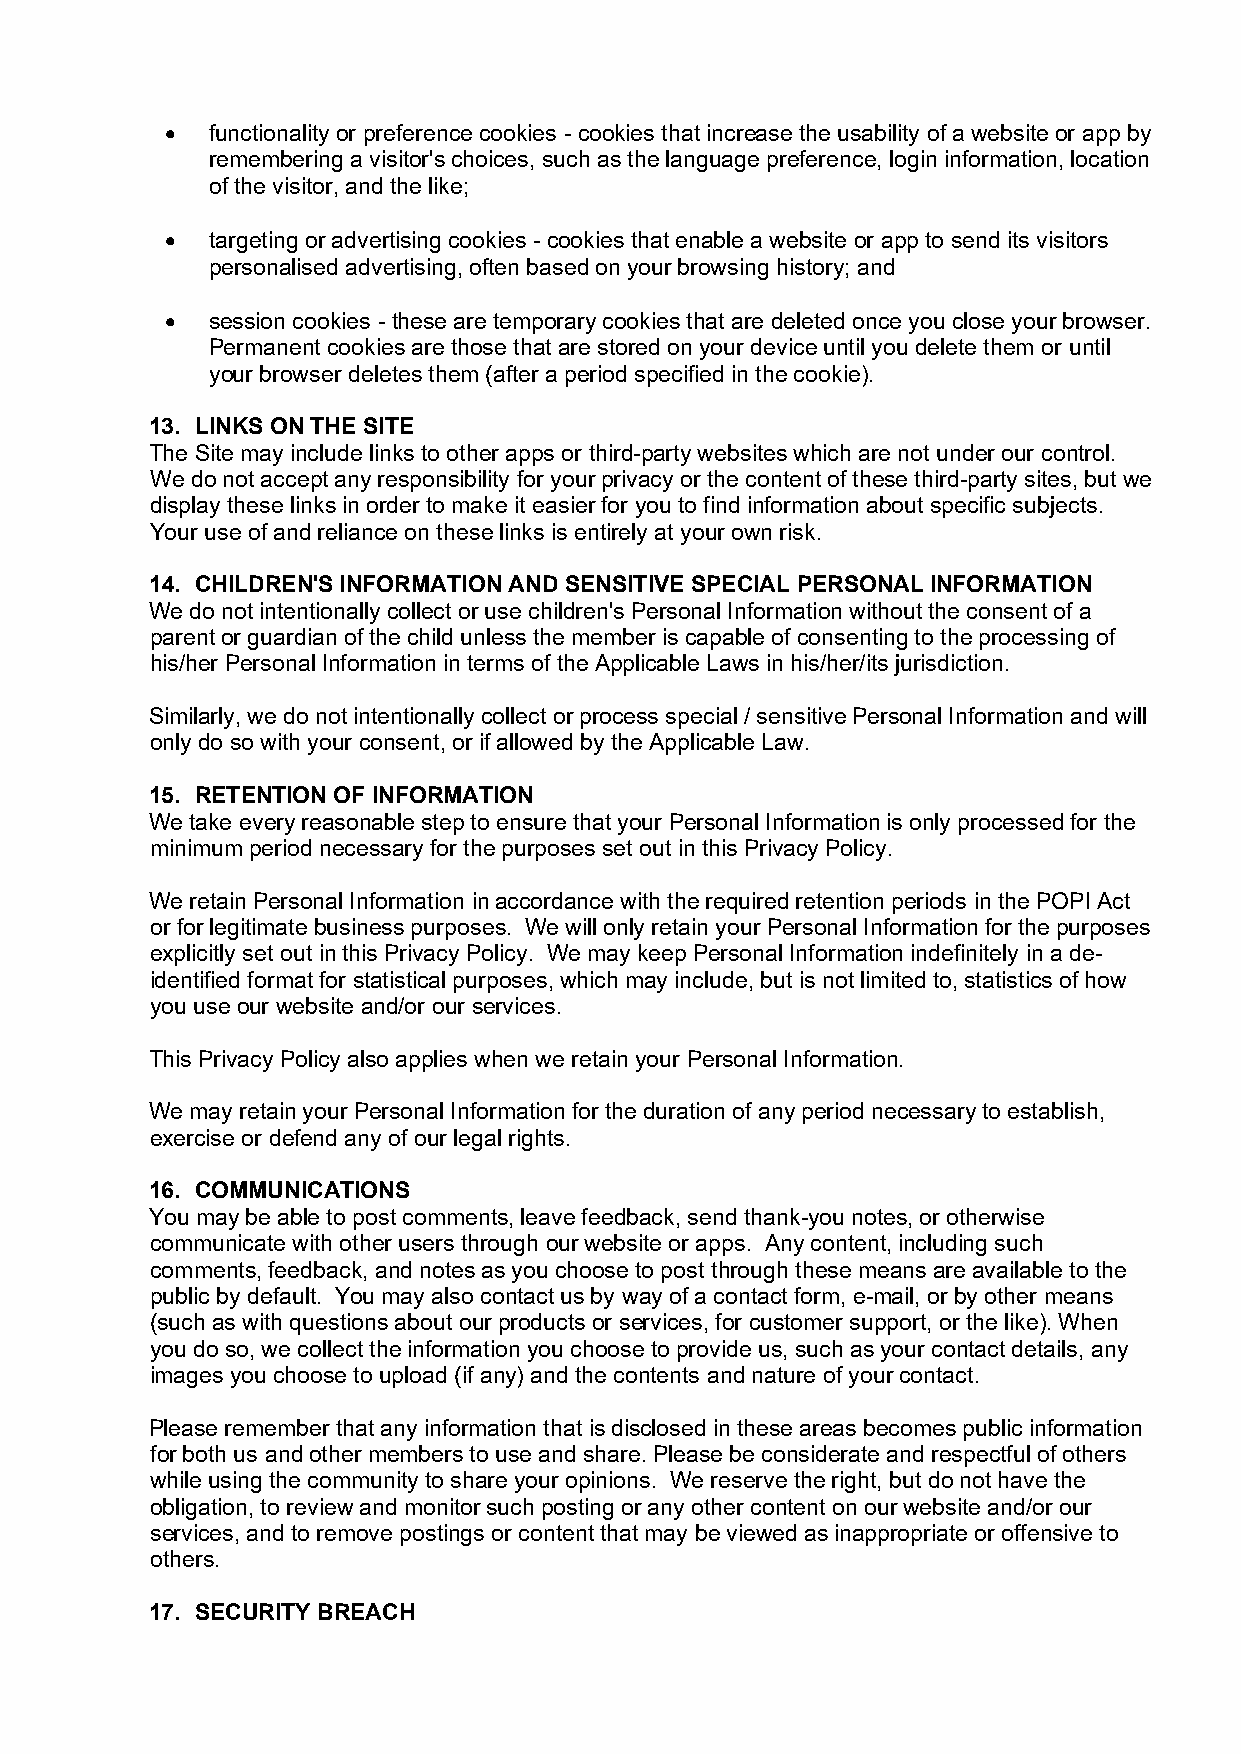
  functionality or preference cookies - cookies that increase the usability of a website or app by
 remembering a visitor's choices, such as the language preference, login information, location
 of the visitor, and the like;
   targeting or advertising cookies - cookies that enable a website or app to send its visitors
 personalised advertising, often based on your browsing history; and
   session cookies - these are temporary cookies that are deleted once you close your browser.
 Permanent cookies are those that are stored on your device until you delete them or until
 your browser deletes them (after a period specified in the cookie).
 13. LINKS ON THE SITE
 The Site may include links to other apps or third-party websites which are not under our control.
 We do not accept any responsibility for your privacy or the content of these third-party sites, but we
 display these links in order to make it easier for you to find information about specific subjects.
 Your use of and reliance on these links is entirely at your own risk.
 14. CHILDREN'S INFORMATION AND SENSITIVE SPECIAL PERSONAL INFORMATION
 We do not intentionally collect or use children's Personal Information without the consent of a
 parent or guardian of the child unless the member is capable of consenting to the processing of
 his/her Personal Information in terms of the Applicable Laws in his/her/its jurisdiction.
 Similarly, we do not intentionally collect or process special / sensitive Personal Information and will
 only do so with your consent, or if allowed by the Applicable Law.
 15. RETENTION OF INFORMATION
 We take every reasonable step to ensure that your Personal Information is only processed for the
 minimum period necessary for the purposes set out in this Privacy Policy.
 We retain Personal Information in accordance with the required retention periods in the POPI Act
 or for legitimate business purposes. We will only retain your Personal Information for the purposes
 explicitly set out in this Privacy Policy. We may keep Personal Information indefinitely in a de-
 identified format for statistical purposes, which may include, but is not limited to, statistics of how
 you use our website and/or our services.
 This Privacy Policy also applies when we retain your Personal Information.
 We may retain your Personal Information for the duration of any period necessary to establish,
 exercise or defend any of our legal rights.
 16. COMMUNICATIONS
 You may be able to post comments, leave feedback, send thank-you notes, or otherwise
 communicate with other users through our website or apps. Any content, including such
 comments, feedback, and notes as you choose to post through these means are available to the
 public by default. You may also contact us by way of a contact form, e-mail, or by other means
 (such as with questions about our products or services, for customer support, or the like). When
 you do so, we collect the information you choose to provide us, such as your contact details, any
 images you choose to upload (if any) and the contents and nature of your contact.
 Please remember that any information that is disclosed in these areas becomes public information
 for both us and other members to use and share. Please be considerate and respectful of others
 while using the community to share your opinions. We reserve the right, but do not have the
 obligation, to review and monitor such posting or any other content on our website and/or our
 services, and to remove postings or content that may be viewed as inappropriate or offensive to
 others.
 17. SECURITY BREACH